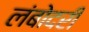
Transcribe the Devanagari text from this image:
लंबोदरी